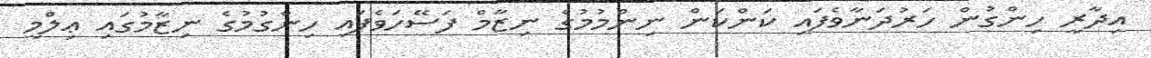
އިދާރީ ހިންގުން ހަރުދަނާވެފައި ކަންކަން ނިންމުމުގެ ނިޒާމް ފަސޭހަވެފައި ހިންގުމުގެ ނިޒާމުގައި ޢިލްމީ